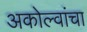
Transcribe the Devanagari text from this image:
अकोल्वांचा